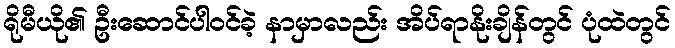
ရိုမီယို၏ ဦးဆောင်ပါဝင်ခဲ့ နာမှာလည်း အိပ်ရာနိုးချိန်တွင် ပုံထဲတွင်